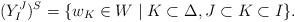
LaTeX: \begin{align*}(Y_I^J)^S=\{w_K \in W \mid K \subset \Delta, J \subset K \subset I \}.\end{align*}